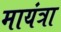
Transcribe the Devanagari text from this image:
मायंत्रा